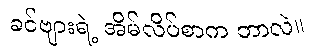
ခင်ဗျားရဲ့ အိမ်လိပ်စာက ဘာလဲ။